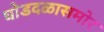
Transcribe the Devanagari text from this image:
घोडदळासमोर